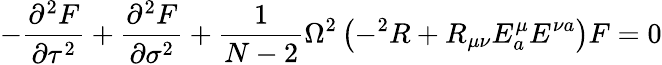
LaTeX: -\frac{\partial^{2}F}{\partial\tau^{2}}+\frac{\partial^{2}F}{\partial\sigma^{2}}+\frac{1}{N-2}\Omega^{2}\left(-^{2}R+R_{\mu\nu}E_{a}^{\mu}E^{\nu a}\right)F=0